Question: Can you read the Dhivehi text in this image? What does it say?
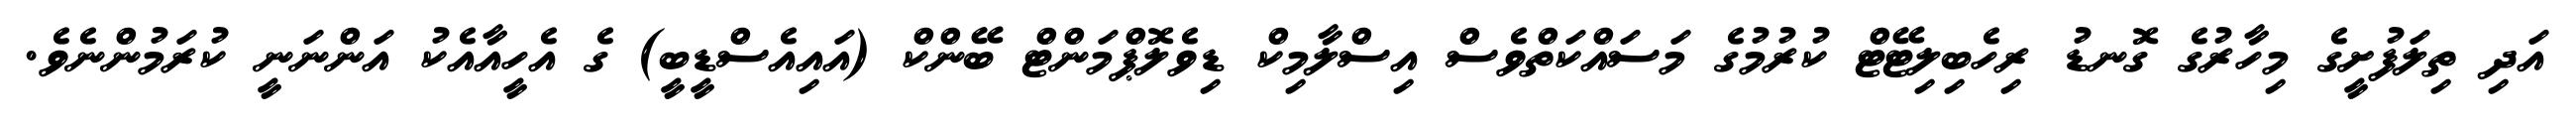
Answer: އަދި ތިލަފުށީގެ މިހާރުގެ ގޮނޑު ރިހެބިލިޓޭޓް ކުރުމުގެ މަސައްކަތްވެސް އިސްލާމިކް ޑިވެލޮޕްމަންޓް ބޭންކް (އައިއެސްޑީބީ) ގެ އެހީއާއެކު އަންނަނީ ކުރަމުންނެވެ.